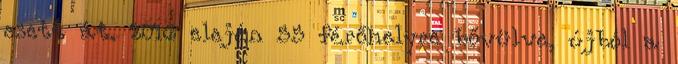
esett át. 2016 elején 55 férőhelyre bővülve, újból a